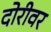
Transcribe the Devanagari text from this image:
दोरीवर